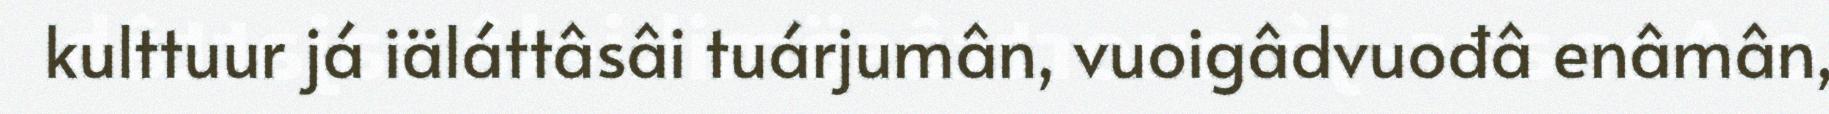
kulttuur já iäláttâsâi tuárjumân, vuoigâdvuođâ enâmân,